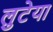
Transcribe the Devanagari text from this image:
लुटेया